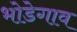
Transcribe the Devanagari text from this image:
भोडेगाव